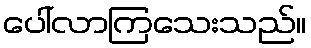
ပေါ်လာကြသေးသည်။